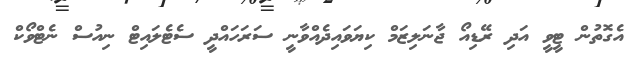
އެގޮތުން ޓީވީ އަދި ރޭޑިއޯ ޖާނަލިޒަމް ކިޔަވައިދެއްވާނީ ސަރަހައްދީ ސެޓެލައިޓް ނިއުސް ނެޓްވޯކް